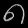
Digit: ၈